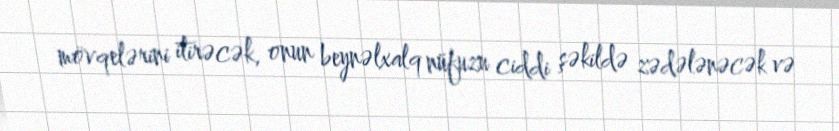
mövqelərini itirəcək, onun beynəlxalq nüfuzu ciddi şəkildə zədələnəcək və